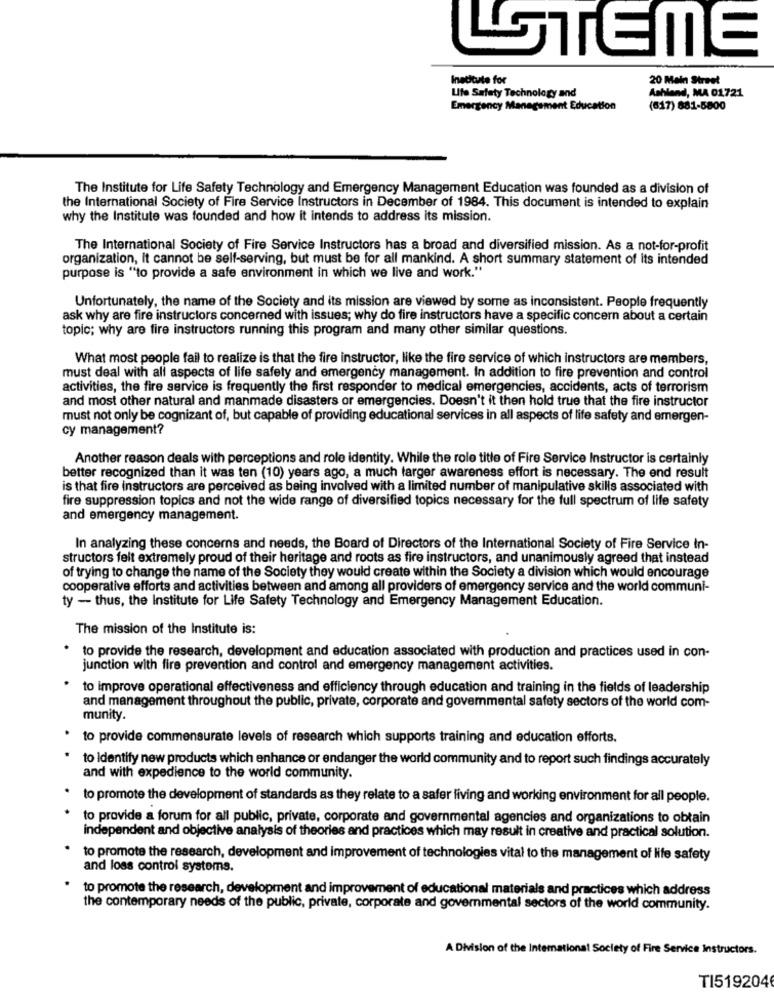
LSTEME
Institute for
20 Main Street
Life Safety Technology and
Ashland, MA 01721
Emergency Management Education
(617) 881-5800
The Institute for Life Safety Technology and Emergency Management Education was founded as a division of
the International Society of Fire Service Instructors in December of 1984. This document is intended to explain
why the Institute was founded and how it intends to address its mission.
The International Society of Fire Service Instructors has a broad and diversified mission. As a not-for-profit
organization, it cannot be self-serving, but must be for all mankind. A short summary statement of its intended
purpose is "to provide a safe environment in which we live and work."
Unfortunately, the name of the Society and its mission are viewed by some as inconsistent. People frequently
ask why are fire instructors concerned with issues; why do fire instructors have a specific concern about a certain
topic; why are fire instructors running this program and many other similar questions.
What most people fail to realize is that the fire instructor, like the fire service of which instructors are members,
must deal with all aspects of life safety and emergency management. In addition to fire prevention and control
activities, the fire service is frequently the first responder to medical emergencies, accidents, acts of terrorism
and most other natural and manmade disasters or emergencies. Doesn't it then hold true that the fire instructor
must not only be cognizant of, but capable of providing educational services in all aspects of life safety and emergen-
cy management?
Another reason deals with perceptions and role identity. While the role title of Fire Service Instructor is certainly
better recognized than it was ten (10) years ago, a much larger awareness effort is necessary. The end result
is that fire instructors are perceived as being involved with a limited number of manipulative skills associated with
fire suppression topics and not the wide range of diversified topics necessary for the full spectrum of life safety
and emergency management.
In analyzing these concerns and needs, the Board of Directors of the International Society of Fire Service In-
structors felt extremely proud of their heritage and roots as fire instructors, and unanimously agreed that instead
of trying to change the name of the Society they would create within the Society a division which would encourage
cooperative efforts and activities between and among all providers of emergency service and the world communi-
ty - thus, the Institute for Life Safety Technology and Emergency Management Education.
The mission of the Institute is:
to provide the research, development and education associated with production and practices used in con-
junction with fire prevention and control and emergency management activities.
to improve operational effectiveness and efficiency through education and training in the fields of leadership
and management throughout the public, private, corporate and governmental safety sectors of the world com-
munity.
to provide commensurate levels of research which supports training and education efforts.
to Identify new products which enhance or endanger the world community and to report such findings accurately
and with expedience to the world community.
* to promote the development of standards as they relate to a safer living and working environment for all people.
to provide a forum for all public, private, corporate and governmental agencies and organizations to obtain
independent and objective analysis of theories and practices which may result in creative and practical solution.
to promote the research, development and improvement of technologies vital to the management of life safety
and loss control systems.
to promote the research, development and improvement of educational materials and practices which address
the contemporary needs of the public, private, corporate and governmental sectors of the world community.
A Division of the International Society of Fire Service Instructors.
TI5192046